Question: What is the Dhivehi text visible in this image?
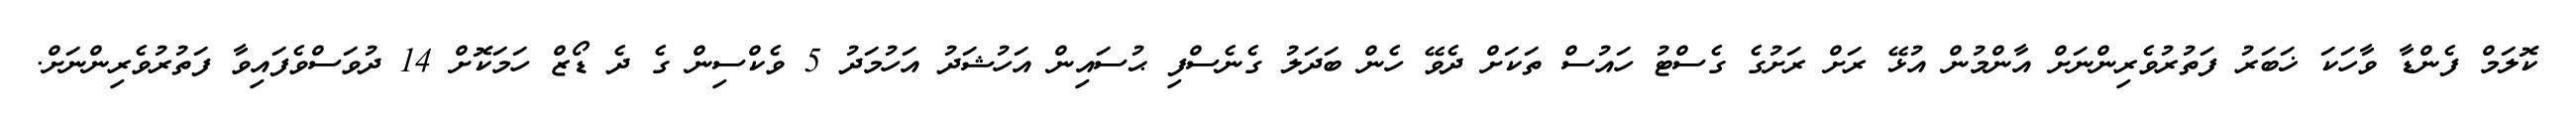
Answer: ކޮލަމް ފެންޑާ ވާހަކަ ޚަބަރު ފަތުރުވެރިންނަށް އާންމުން އުޅޭ ރަށް ރަށުގެ ގެސްޓު ހައުސް ތަކަށް ދެވޭ ހެން ބަދަލު ގެނެސްފި ޙުސައިން އަހުޝަދު އަހުމަދު 5 ވެކްސިން ގެ ދެ ޑޯޒް ހަމަކޮށް 14 ދުވަސްވެފައިވާ ފަތުރުވެރިންނަށް.